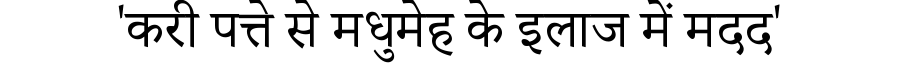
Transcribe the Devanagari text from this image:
'करी पत्ते से मधुमेह के इलाज में मदद'